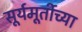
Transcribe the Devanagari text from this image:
सूर्यमूर्तीच्या